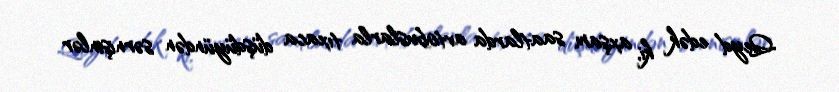
Qeyd edək ki, axşam saatlarda avtobuslarla tıxaca düşdüyündən sərnişinlər